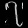
Digit: ၇